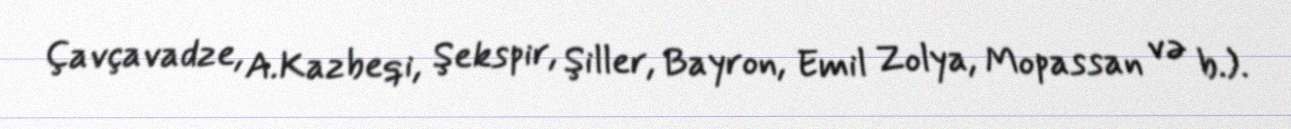
Çavçavadze, A.Kazbeqi, Şekspir, Şiller, Bayron, Emil Zolya, Mopassan və b.).